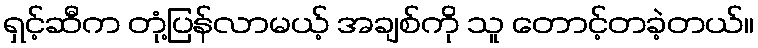
ရှင့်ဆီက တုံ့ပြန်လာမယ့် အချစ်ကို သူ တောင့်တခဲ့တယ်။